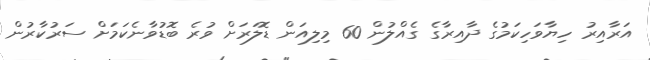
އަރާއިރު ހިޔާވަހިކަމުގެ ދާއިރާގެ ގެއްލުން 60 މިލިއަން ޑޮލަރަށް ވުރެ ބޮޑުވާނެކަމަށް ސަރުކާރުން